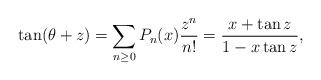
LaTeX: \begin{align*}\tan(\theta+z)=\sum_{n\geq 0}P_n(x)\frac{z^n}{n!}=\frac{x+\tan z}{1-x \tan z},\end{align*}